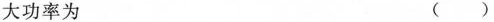
大功率为 ()